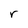
Character: r